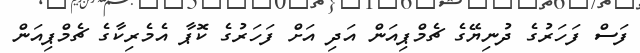
ފަސް ފަހަރުގެ ދުނިޔޭގެ ޗެމްޕިއަން އަދި އަށް ފަހަރުގެ ކޮޕާ އެމެރިކާގެ ޗެމްޕިއަން